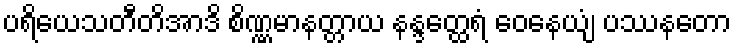
ပရိယေသတီတိအာဒိ စိဏ္ဏမာနတ္တာယ နန္ဒတ္ထေရံ ဝေနေယျံ ပဿနတော